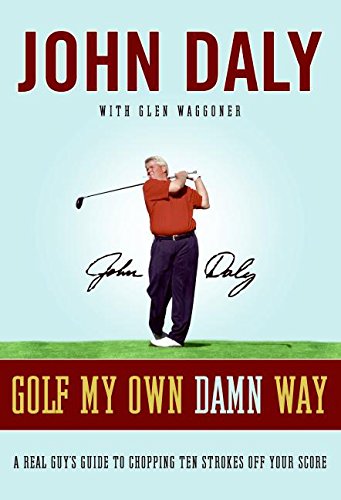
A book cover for Golf My Own Damn Way: A Real Guy's Guide to Chopping Ten Strokes Off Your Score; John Daly; Humor & Entertainment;